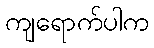
ကျရောက်ပါက